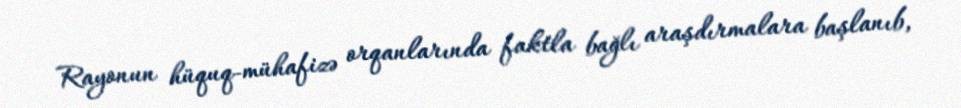
Rayonun hüquq-mühafizə orqanlarında faktla bağlı araşdırmalara başlanıb,